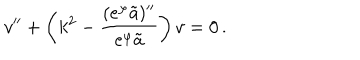
v ^ { \prime \prime } + \left( k ^ { 2 } - { \frac { ( e ^ { \varphi } \tilde { a } ) ^ { \prime \prime } } { e ^ { \varphi } \tilde { a } } } \right) v = 0 \, .